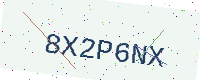
Text: 8X2P6NX